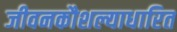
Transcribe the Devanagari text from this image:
जीवनकौशल्याधारित